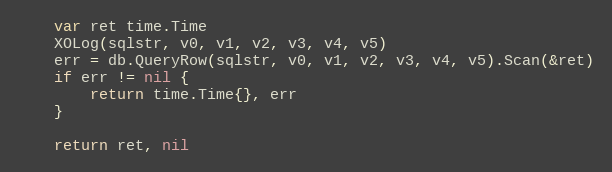
Language: Go
	var ret time.Time
	XOLog(sqlstr, v0, v1, v2, v3, v4, v5)
	err = db.QueryRow(sqlstr, v0, v1, v2, v3, v4, v5).Scan(&ret)
	if err != nil {
		return time.Time{}, err
	}

	return ret, nil